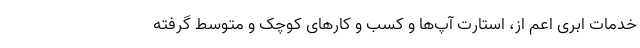
خدمات ابری اعم از، استارت آپ‌ها و کسب و کارهای کوچک و متوسط گرفته